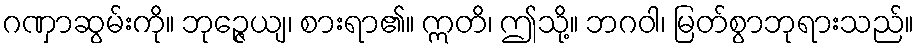
ဂဏှာဆွမ်းကို။ ဘုဉ္ဇေယျ၊ စားရာ၏။ ဣတိ၊ ဤသို့။ ဘဂဝါ၊ မြတ်စွာဘုရားသည်။